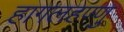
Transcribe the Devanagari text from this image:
हागलहण्णु